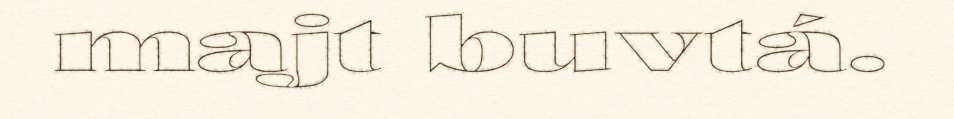
majt buvtá.